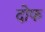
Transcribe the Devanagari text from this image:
दोफ